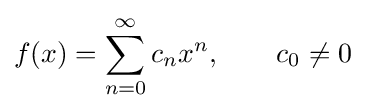
f(x)=\sum _{n=0}^{\infty }c_{n}x^{n},\qquad c_{0}\neq 0